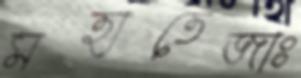
মহাতেজাঃ